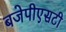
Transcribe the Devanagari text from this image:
बजेपीएसटी